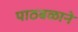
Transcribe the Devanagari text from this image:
पाठबळाने